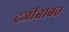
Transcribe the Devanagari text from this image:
दर्जाबाबत